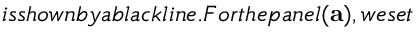
i s s h o w n b y a b l a c k l i n e . F o r t h e p a n e l { \bf ( a ) } , w e s e t